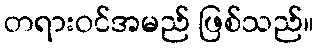
တရားဝင်အမည် ဖြစ်သည်။